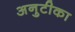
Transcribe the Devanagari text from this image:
अनुटीका